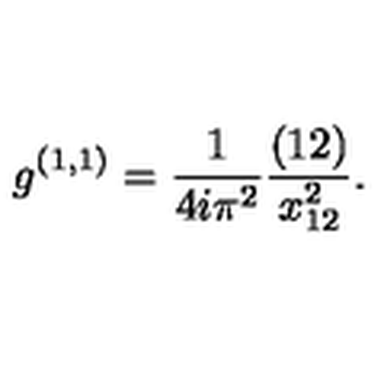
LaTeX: g ^ { ( 1 , 1 ) } = { \frac { 1 } { 4 i \pi ^ { 2 } } } { \frac { ( 1 2 ) } { x _ { 1 2 } ^ { 2 } } } .